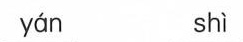
yán shì